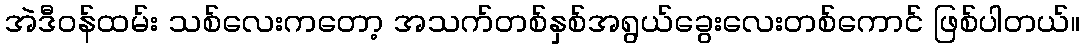
အဲဒီဝန်ထမ်း သစ်လေးကတော့ အသက်တစ်နှစ်အရွယ်ခွေးလေးတစ်ကောင် ဖြစ်ပါတယ်။